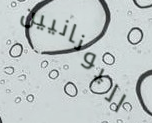
اليونانيين